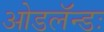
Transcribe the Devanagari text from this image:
ओडलॅन्डः